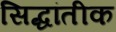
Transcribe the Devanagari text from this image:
सिद्धांतीक